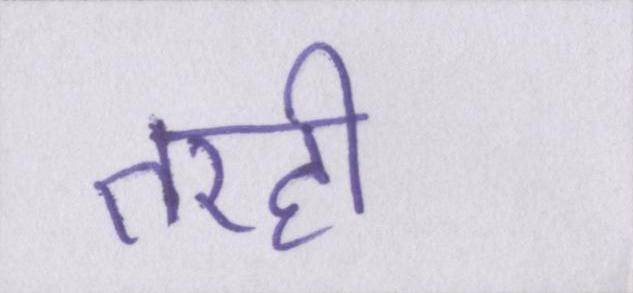
तरही